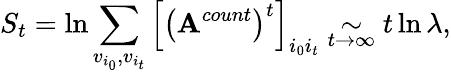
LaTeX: S_{t}=\ln\sum_{v_{i_{0}},v_{i_{t}}}\left[\left(\mathbf{A}^{count}\right)^{t}\right]_{i_{0}i_{t}}\underset{t\rightarrow\infty}{\sim}t\ln\lambda,